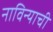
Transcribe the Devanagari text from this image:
नाविन्याची